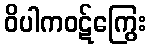
ဝိပါကဝဋ်ကြွေး